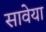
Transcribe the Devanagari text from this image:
सावेया